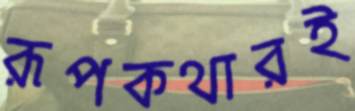
রূপকথারই